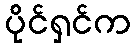
ပိုင်ရှင်က